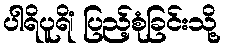
ပါရိပူရိံ၊ ပြည့်စုံခြင်းသို့